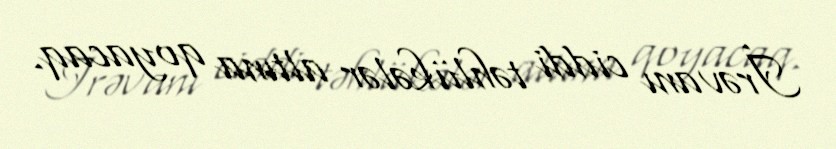
İrəvanı ciddi təhlükələr altına qoyacaq.